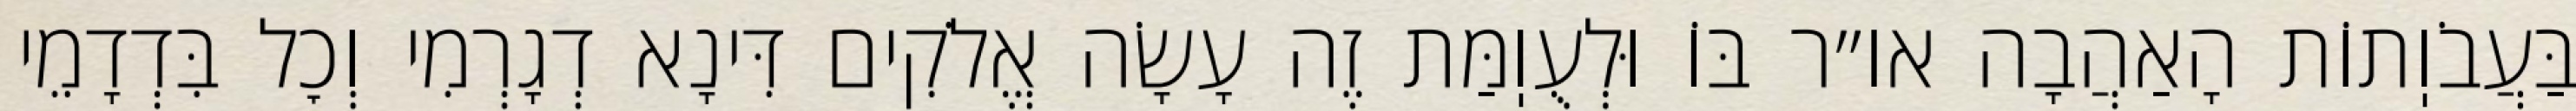
בַּעֲבֹוֽתוֹת הָאַהֲבָה או״ר בּוֹ וּלְעֻוֽמַּת זֶה עָשָׂה אֱלֹקִים דִּינָא דְגָרְמִי וְכׇל בִּדְדָמֵי